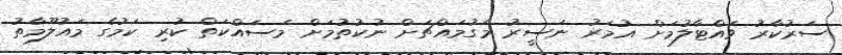
ސަރުކާރު ވައްޓާލުމަށް އުމަރު ނަސީރު މަގުމައްޗަށް ނުކުތުމަށް މަސައްކަތް ކުރި ކަމުގެ މައުލޫމާތު